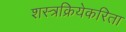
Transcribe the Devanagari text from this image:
शस्त्रक्रियेकरिता